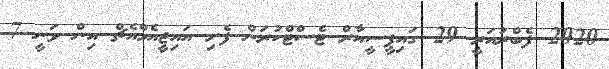
2020 ފެބްރުއަރީ 29 ގައިޕީސީއާރް ޓެސްޓްކުރަން ފެށި އައިޖީއެމްއެޗް އިން ވަނީ 7